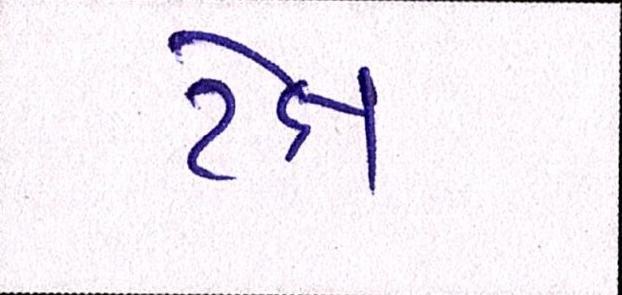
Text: ટેક્ષ